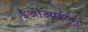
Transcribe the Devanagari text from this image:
ईओआईएस